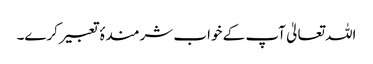
اللہ تعالیٰ آپ کے خواب شرمندۂ تعبیر کرے۔